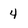
Character: 4